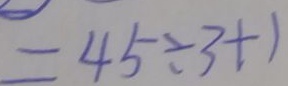
= 4 5 \div 3 + 1